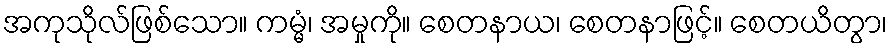
အကုသိုလ်ဖြစ်သော။ ကမ္မံ၊ အမှုကို။ စေတနာယ၊ စေတနာဖြင့်။ စေတယိတွာ၊